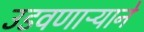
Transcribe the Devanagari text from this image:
उडवणाऱ्याने